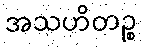
အသဟိတဉ္စ